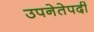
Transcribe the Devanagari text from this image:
उपनेतेपदी